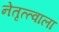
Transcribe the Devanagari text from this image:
नेतृत्त्वाला